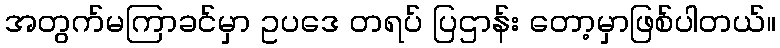
အတွက်မကြာခင်မှာ ဥပဒေ တရပ် ပြဌာန်း တော့မှာဖြစ်ပါတယ်။